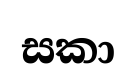
සකා